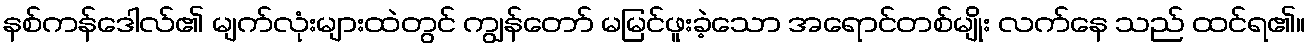
နစ်ကန်ဒေါလ်၏ မျက်လုံးများထဲတွင် ကျွန်တော် မမြင်ဖူးခဲ့သော အရောင်တစ်မျိုး လက်နေ သည် ထင်ရ၏။